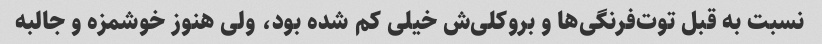
نسبت به قبل توت‌فرنگی‌ها و بروکلی‌ش خیلی کم شده بود، ولی هنوز خوشمزه و جالبه